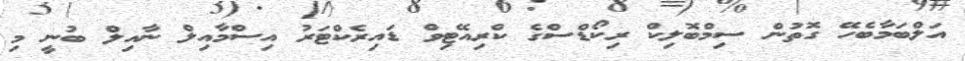
އަލްބަމާބެހޭ ގޮތުން ސިމްބޮލިކް ރިކޯޑްސްގެ ކްރިއޭޓިވް ޑައިރެކްޓަރު އިސްމާއިލް ނާއިލް ބުނީ މި